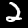
Label: 2